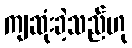
ကျဆုံးခဲ့သည်ဟု